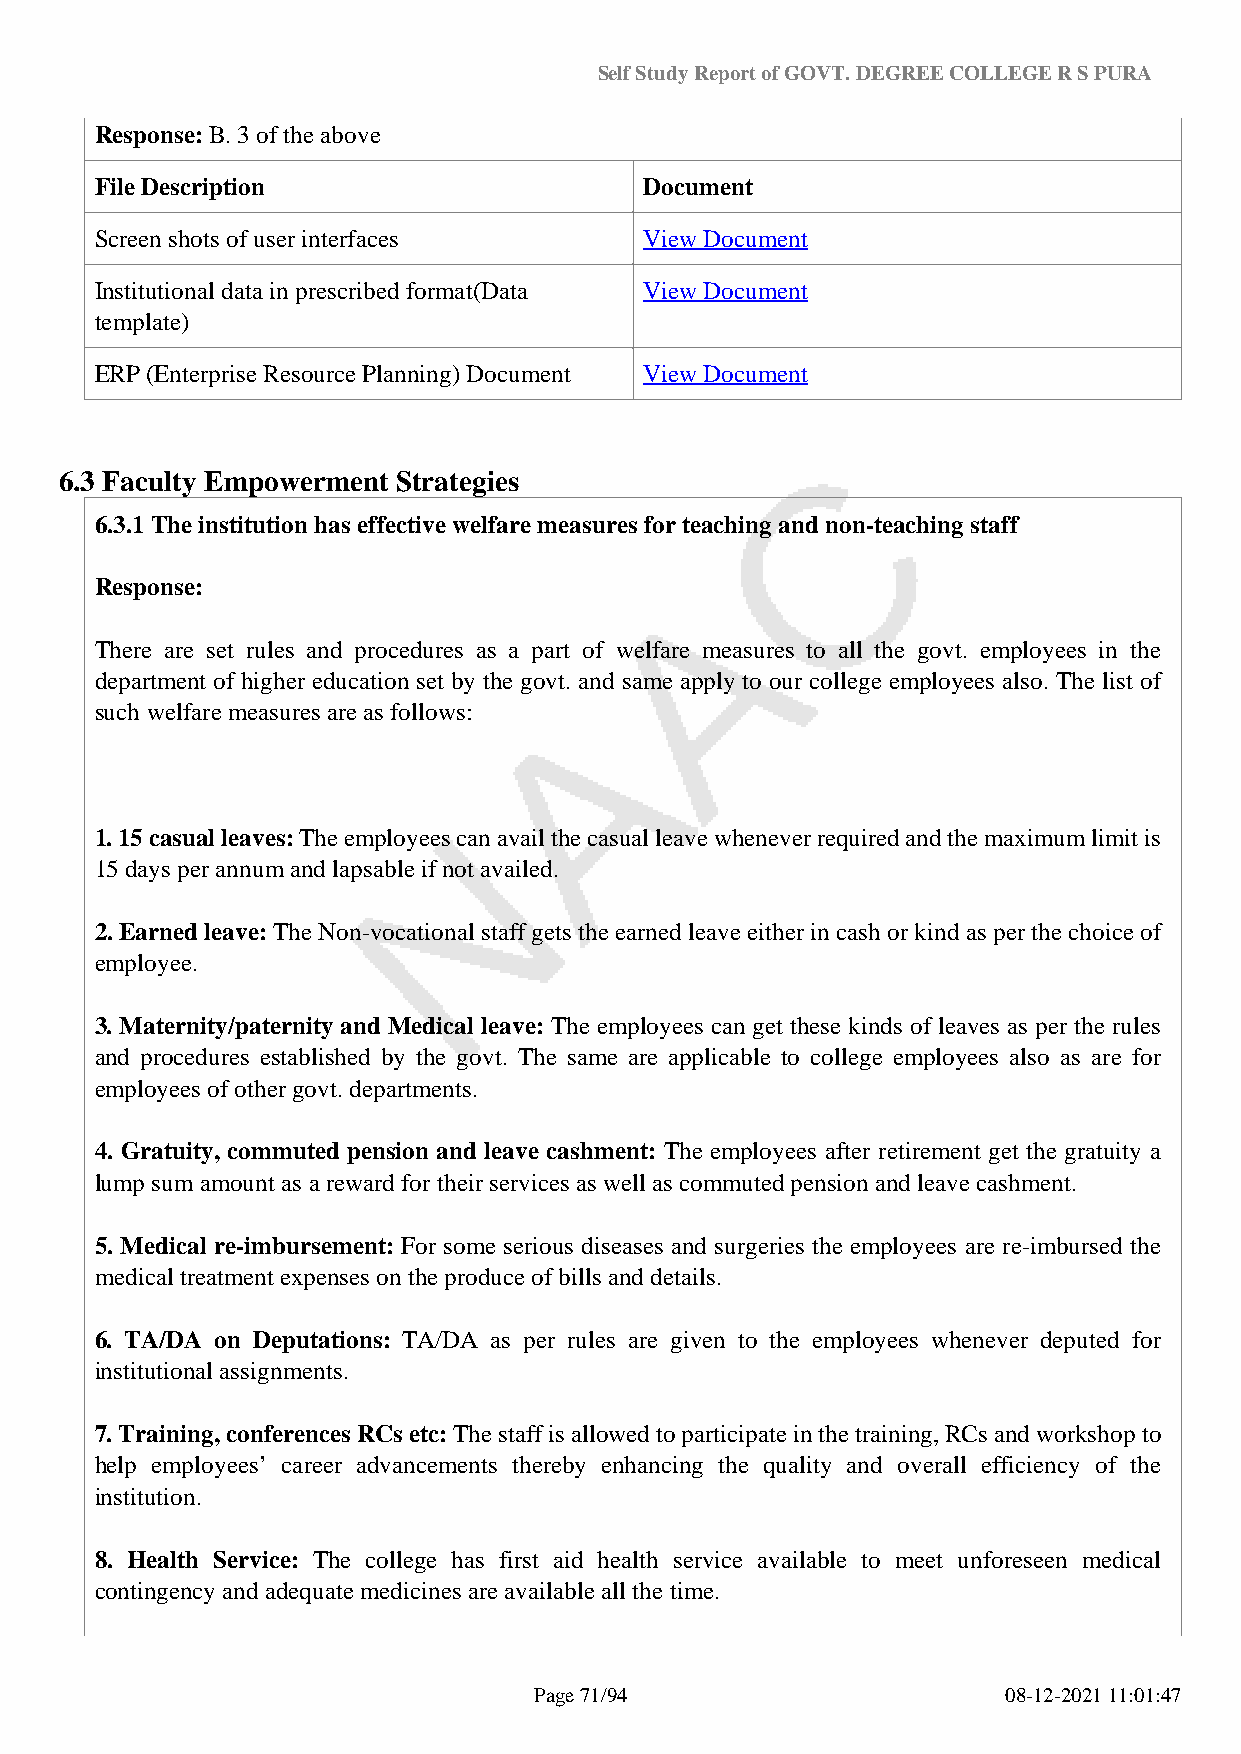
Self Study Report of GOVT. DEGREE COLLEGE R S PURA
 Response: B. 3 of the above
 File Description                     Document
 Screen shots of user interfaces      View Document
 Institutional data in prescribed format(Data View Document
 template)
 ERP (Enterprise Resource Planning) Document View Document
 6.3 Faculty Empowerment Strategies
 6.3.1 The institution has effective welfare measures for teaching and non-teaching staff
 Response:
 There are set rules and procedures as a part of welfare measures to all the govt. employees in the
 department of higher education set by the govt. and same apply to our college employees also. The list of
 such welfare measures are as follows:
 1. 15 casual leaves: The employees can avail the casual leave whenever required and the maximum limit is
 15 days per annum and lapsable if not availed.
 2. Earned leave: The Non-vocational staff gets the earned leave either in cash or kind as per the choice of
 employee.
 3. Maternity/paternity and Medical leave: The employees can get these kinds of leaves as per the rules
 and procedures established by the govt. The same are applicable to college employees also as are for
 employees of other govt. departments.
 4. Gratuity, commuted pension and leave cashment: The employees after retirement get the gratuity a
 lump sum amount as a reward for their services as well as commuted pension and leave cashment.
 5. Medical re-imbursement: For some serious diseases and surgeries the employees are re-imbursed the
 medical treatment expenses on the produce of bills and details.
 6. TA/DA on Deputations: TA/DA as per rules are given to the employees whenever deputed for
 institutional assignments.
 7. Training, conferences RCs etc: The staff is allowed to participate in the training, RCs and workshop to
 help employees’ career advancements thereby enhancing the quality and overall efficiency of the
 institution.
 8. Health Service: The college has first aid health service available to meet unforeseen medical
 contingency and adequate medicines are available all the time.
 Page 71/94                      08-12-2021 11:01:47